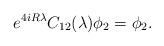
LaTeX: \begin{align*}e^{4iR\lambda}C_{12}(\lambda)\phi_2 = \phi_2.\end{align*}